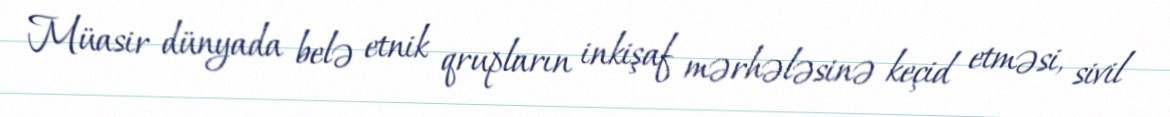
Müasir dünyada belə etnik qrupların inkişaf mərhələsinə keçid etməsi, sivil